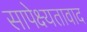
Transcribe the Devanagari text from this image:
सापेक्ष्यतावाद